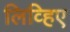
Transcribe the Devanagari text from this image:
लिव्हिए